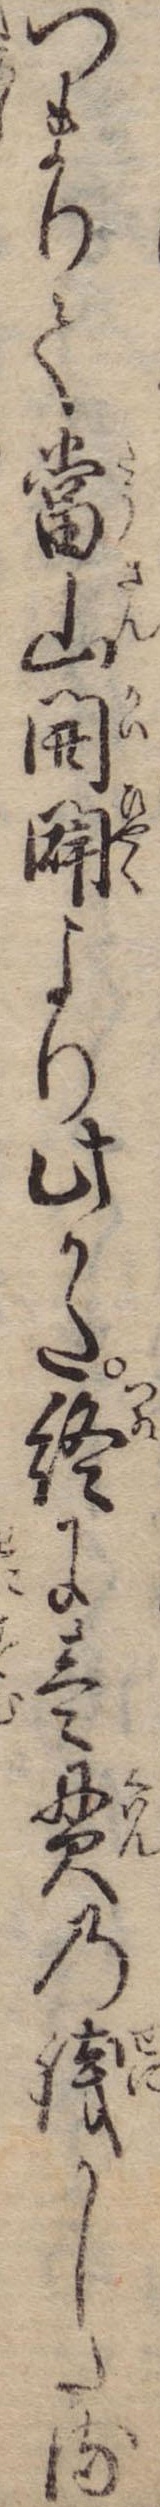
つまりて当山開闢より此かた終に壱貫の銭かしたる